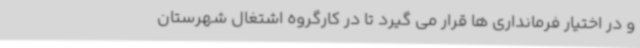
و در اختیار فرمانداری ها قرار می گیرد تا در کارگروه اشتغال شهرستان